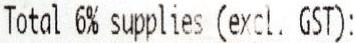
TOTAL 6% SUPPLIES (EXCL. GST):